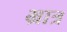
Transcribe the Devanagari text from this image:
भ्रात्र